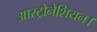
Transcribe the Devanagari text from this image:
आस्ट्रोनेशियन।